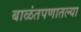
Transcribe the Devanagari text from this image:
बाळंतपणातल्या